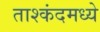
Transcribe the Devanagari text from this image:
ताश्कंदमध्ये